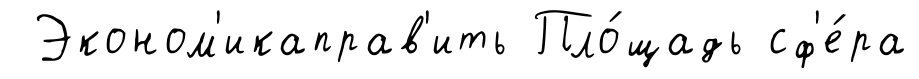
Эконом'икаправ'ить Пло́щадь сф'е́ра